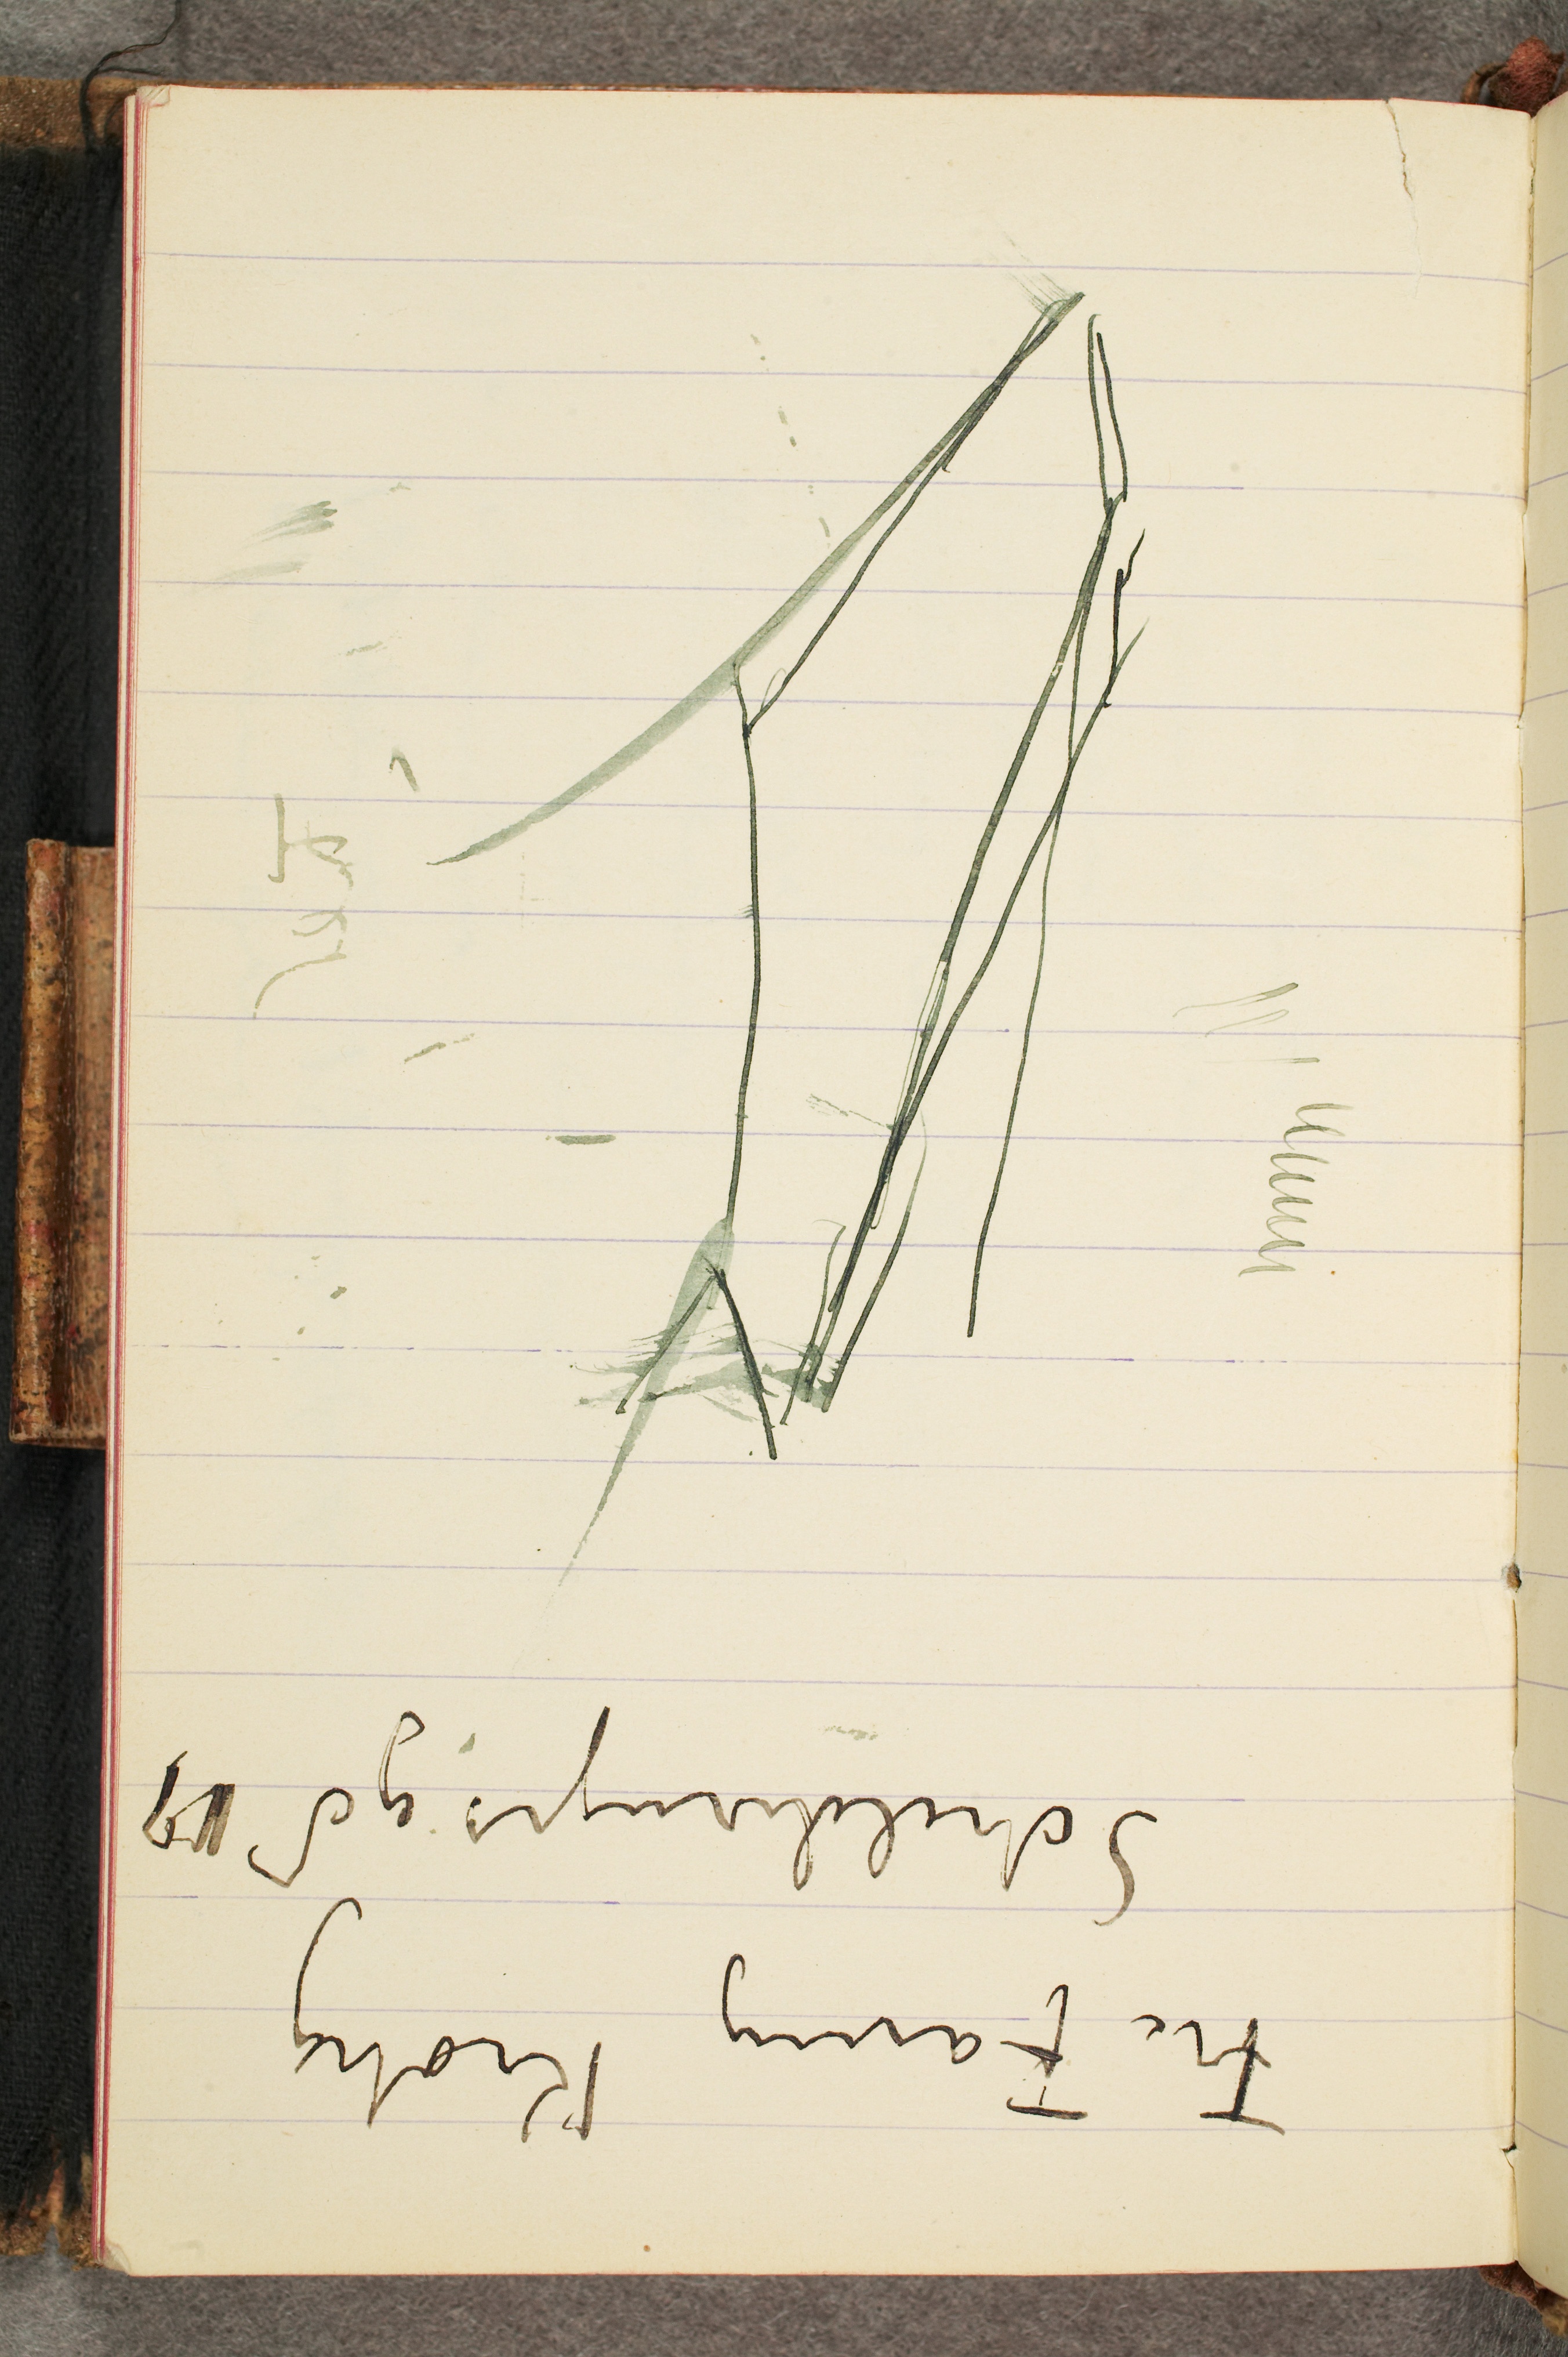
Fru Fanny Krohg
Schelderupsgd 17